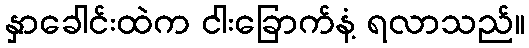
နှာခေါင်းထဲက ငါးခြောက်နံ့ ရလာသည်။